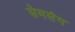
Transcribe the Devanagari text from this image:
सेमसंग